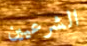
الشرعيين